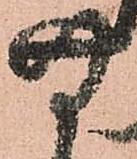
無